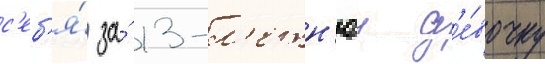
с'еб'я́ за́ 13-л'етн'юу д'е́вочку